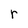
Character: r